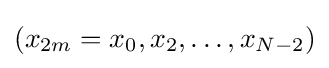
(x_{2m}=x_{0},x_{2},\ldots ,x_{N-2})